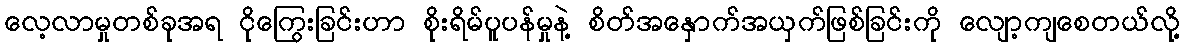
လေ့လာမှုတစ်ခုအရ ငိုကြွေးခြင်းဟာ စိုးရိမ်ပူပန်မှုနဲ့ စိတ်အနှောက်အယှက်ဖြစ်ခြင်းကို လျော့ကျစေတယ်လို့